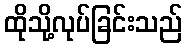
ထိုသို့လုပ်ခြင်းသည်